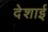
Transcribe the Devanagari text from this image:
देशाई